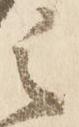
之